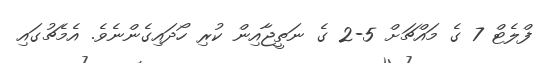
ފްލެޓް 7 ގެ މައްޗަށް 5-2 ގެ ނަތީޖާއިން ކުރި ހޯދައިގެންނެވެ. އެމެޗުގައި